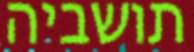
תושביה